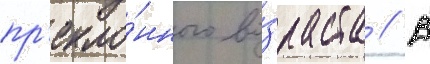
пр'екло́нного во́зраста // В